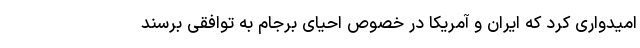
امیدواری کرد که ایران و آمریکا در خصوص احیای برجام به توافقی برسند